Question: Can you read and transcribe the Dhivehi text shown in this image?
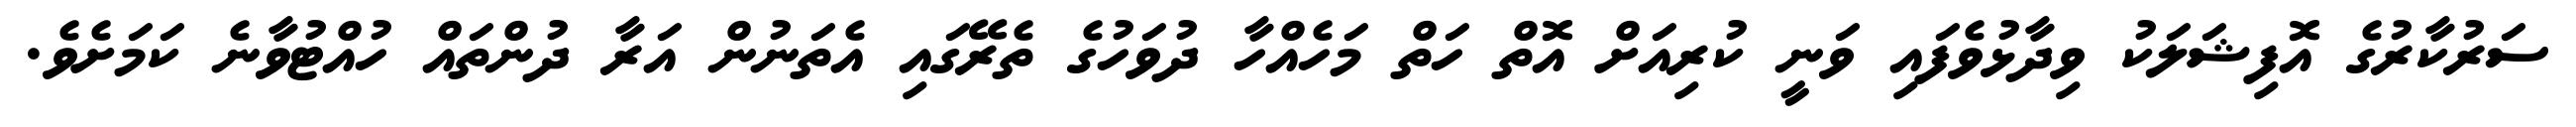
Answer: ސަރުކާރުގެ އޮފިޝަލަކު ވިދާޅުވެފައި ވަނީ ކުރިއަށް އޮތް ހަތް މަހެއްހާ ދުވަހުގެ ތެރޭގައި އެތަނުން އަރާ ދުންތައް ހުއްޓުވާނެ ކަމަށެވެ.